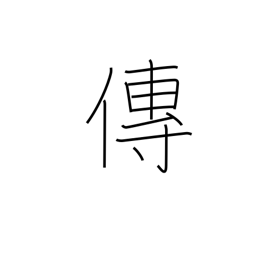
Meaning: transmit